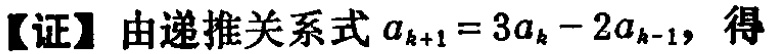
【证】由递推关系式\(a_{k + 1} = 3a_{k} - 2a_{k - 1}\)，得